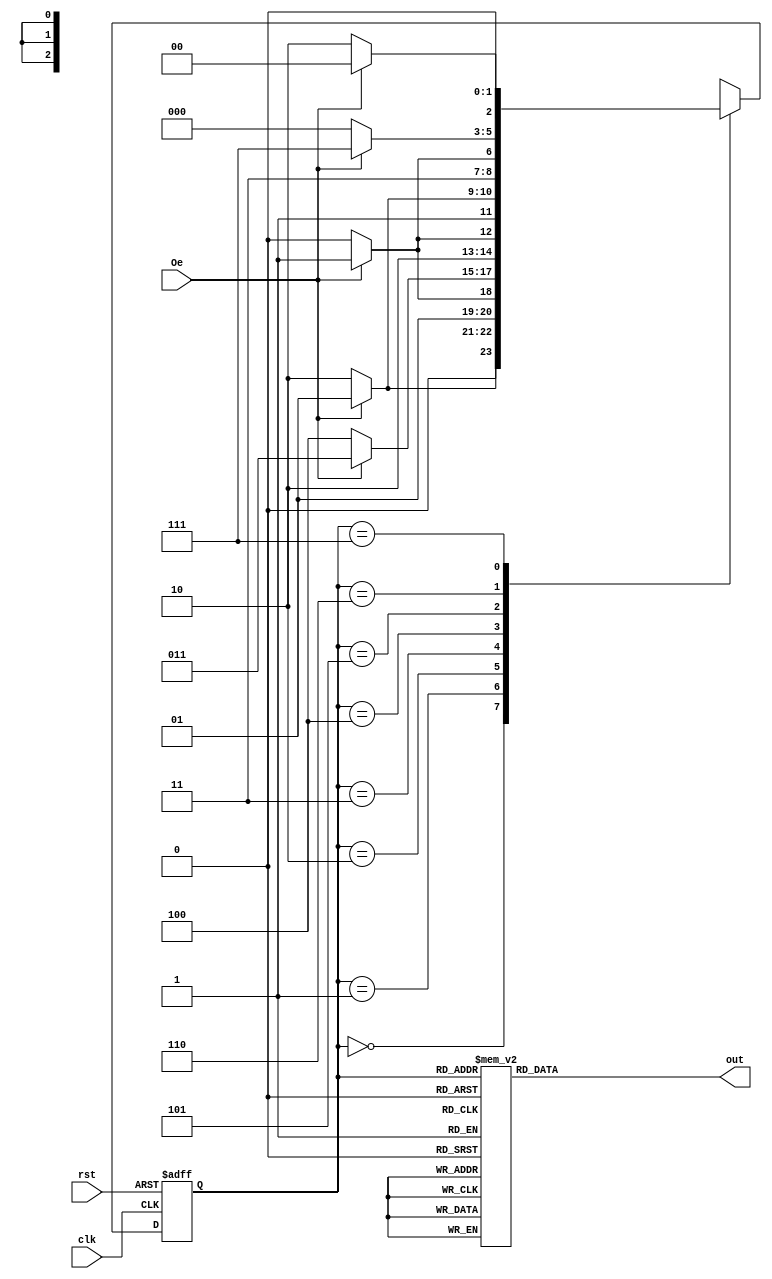
module evenoddcounter(clk,Oe,rst,out);
input clk,Oe,rst;
output reg [2:0]out;
localparam s0=3'b000,s1=3'b001,s2=3'b010,s3=3'b011,s4=3'b100,s5=3'b101,s6=3'b110,s7=3'b111;
reg [2:0]state,nxt_state;
always @(posedge clk , posedge rst)
begin
	if (rst)
	begin
		state<= s0;
                
	end
	else 
		state<= nxt_state;
end

always@ (state)
begin
	case(state)
		s0: nxt_state=Oe?s1:s2;
		s1: nxt_state=Oe?s3:s2;
		s2: nxt_state=Oe?s3:s4;
		s3: nxt_state=Oe?s5:s4;
		s4: nxt_state=Oe?s5:s6;
		s5: nxt_state=Oe?s7:s6;
		s6: nxt_state=Oe?s7:s0;
		s7: nxt_state=Oe?s0:s2;
	endcase
end

always@(state)
begin
	case(state)
		s0: out=0;
		s1: out=1;
		s2: out=2;
		s3: out=3;
		s4: out=4;
		s5: out=5;
		s6: out=6;
		s7: out=7;
	endcase
end
endmodule